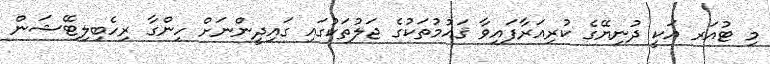
މި ޓުއަރ އަކީ ދުނިޔޭގެ ކުރިއަރާފައިވާ ޤައުމުތަކުގެ ޖަލުތަކުގައި ގައިދީންނަށް ހިންގާ ރިހެބިލިޓޭޝަން